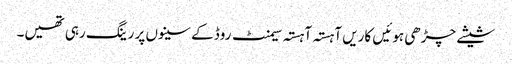
شیشے چڑھی ہوئیں کاریں آہستہ آہستہ سیمنٹ روڈ کے سینوں پر رینگ رہی تھیں۔